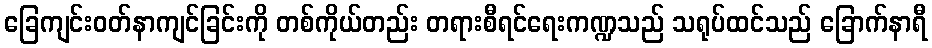
ခြေကျင်းဝတ်နာကျင်ခြင်းကို တစ်ကိုယ်တည်း တရားစီရင်ရေးကဏ္ဍသည် သရုပ်ထင်သည် ခြောက်နာရီ